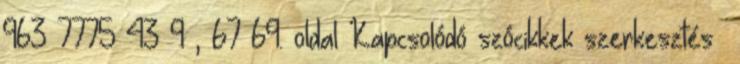
963 7775 43 9 , 67–69. oldal Kapcsolódó szócikkek szerkesztés